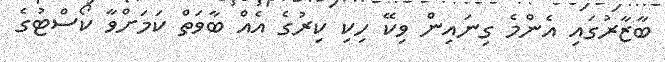
ބާޒާރުގައި އެންމެ ގިނައިން ވިކޭ ހިކި ކިރުގެ އެއް ބާވަތް ކަމަށްވާ ކޯސްޓުގެ